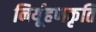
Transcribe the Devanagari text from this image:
निर्यूहणकृति